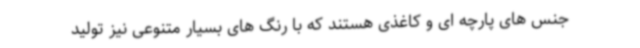
جنس های پارچه ای و کاغذی هستند که با رنگ های بسیار متنوعی نیز تولید